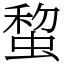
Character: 䖿